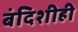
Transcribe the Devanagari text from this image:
बंदिशीही